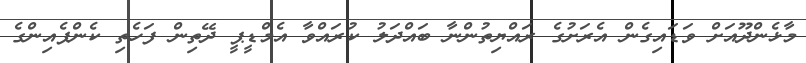
މާޅެންދޫއަށް ވަޑައިގެން އެރަށުގެ ރައްޔިތުންނާ ބައްދަލު ކުރައްވާ އެމްޑީޕީ ދޭތިން ފަހެތި ކެންޕެއިންގެ